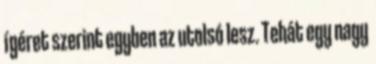
ígéret szerint egyben az utolsó lesz. Tehát egy nagy